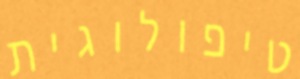
טיפולוגית